Civil Veterinary Department Bengal reports 1933-51 - 1933-1951
Year: 1933
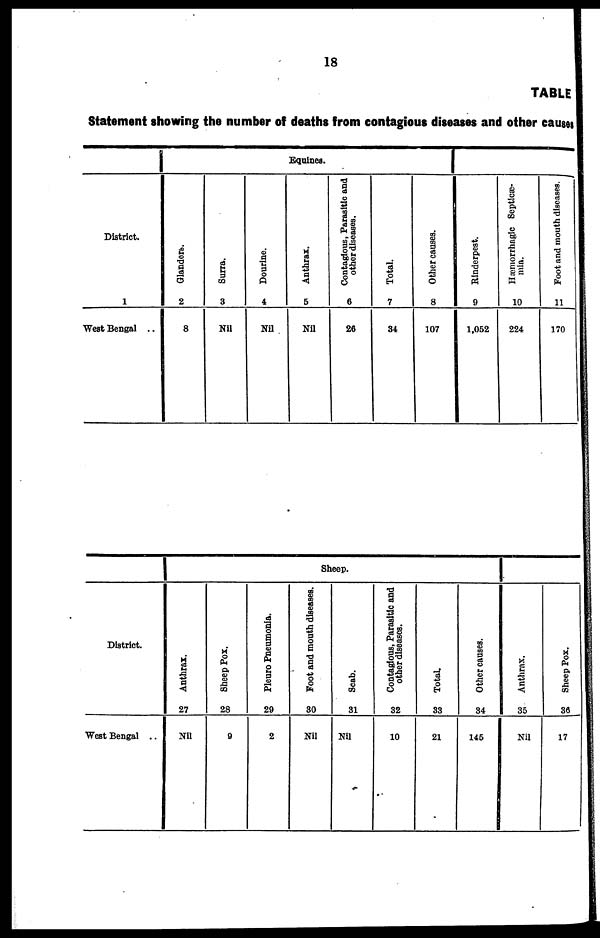
18
TABLE
Statement showing the number of deaths from contagious diseases and other causes
District.
1
West Bengal ..
Equines.
Glanders.
2
8
Surra.
3
Nil
Dourine.
4
Nil
Anthrax.
5
Nil
Contagious, Parasitic and
other diseases.
6
26
Total.
7
34
Other causes.
8
107
Rinderpest.
9
1,052
Hæmorrhagic Septicæ-
mia.
10
224
Foot and mouth diseases.
11
170
District.
West Bengal ..
Sheep.
Anthrax.
27
Nil
Sheep Pox.
28
9
Pleuro Pneumonia.
29
2
Foot and mouth diseases.
30
Nil
Scab.
31
Nil
Contagious, Parasitic and
other diseases.
32
10
Total.
33
21
Other causes.
34
145
Anthrax.
35
Nil
Sheep Pox.
36
17